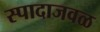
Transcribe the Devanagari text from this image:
स्पादाजवळ